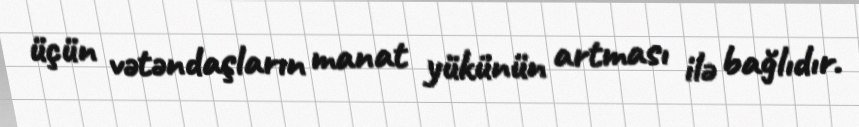
üçün vətəndaşların manat yükünün artması ilə bağlıdır.